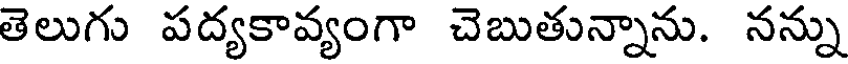
తెలుగు పద్యకావ్యంగా చెబుతున్నాను. నన్ను